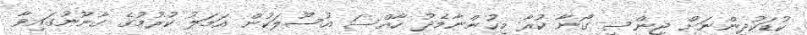
ކުޑަކުދިންނަށް ޖިންސީ ގޯނާ ކުރާ މީހުންނާމެދު ހާއްސަ އުސޫލަކުން އަމަލު ކުރުމުގެ ގާނޫނުގައިވާ